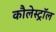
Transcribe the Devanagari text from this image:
कौलेस्ट्रॉल